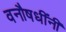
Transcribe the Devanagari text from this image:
वनौषधींनी